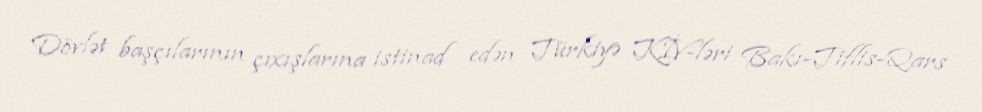
Dövlət başçılarının çıxışlarına istinad edən Türkiyə KİV-ləri Bakı-Tiflis-Qars